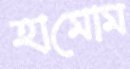
হামোম